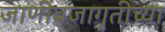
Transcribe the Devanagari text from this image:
जाणीवजागृतीच्या